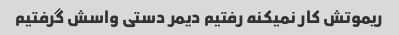
ریموتش کار نمیکنه رفتیم دیمر دستی واسش گرفتیم